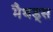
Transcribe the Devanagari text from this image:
मैथड्स